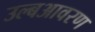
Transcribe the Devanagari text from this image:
उल्बआवरण